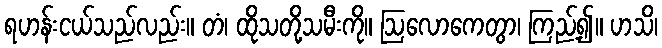
ရဟန်းငယ်သည်လည်း။ တံ၊ ထိုသတို့သမီးကို။ ဩလောကေတွာ၊ ကြည့်၍။ ဟသိ၊